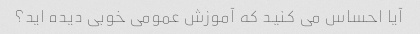
آیا احساس می کنید که آموزش عمومی خوبی دیده اید؟